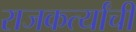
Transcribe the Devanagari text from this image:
राजकर्त्यांची